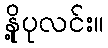
နို့ပုလင်း။